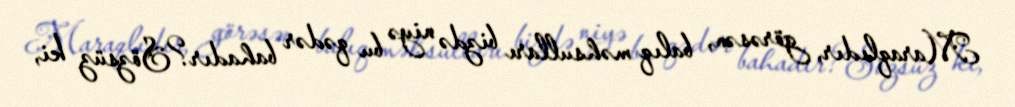
Maraqlıdır, görəsən, balıq məhsulları bizdə niyə bu qədər bahadır?Sözsüz ki,